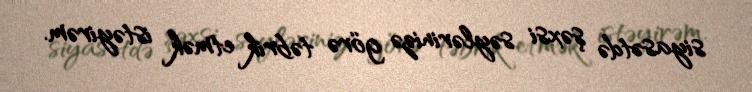
siyasətdə şəxsi səylərinizə görə təbrik etmək istəyirəm.